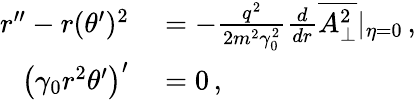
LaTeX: \begin{array}{rl}{r^{\prime\prime}-r(\theta^{\prime})^{2}}&{{}=-\frac{q^{2}}{2m^{2}\gamma_{0}^{2}}\frac{d}{dr}\overline{{A_{\perp}^{2}}}|_{\eta=0}\, ,}\\ {\left(\gamma_{0}r^{2}\theta^{\prime}\right)^{\prime}}&{{}=0\, ,}\end{array}